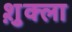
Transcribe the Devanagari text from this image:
श़ुक्ला